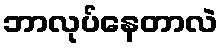
ဘာလုပ်နေတာလဲ